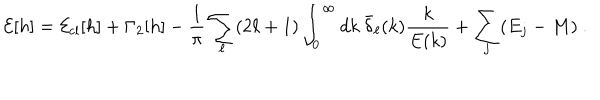
{ \cal E } [ h ] = { \cal E } _ { \mathrm { c l } } [ h ] + \Gamma _ { 2 } [ h ] - \frac { 1 } { \pi } \sum _ { \ell } ( 2 \ell + 1 ) \int _ { 0 } ^ { \infty } d k \: \bar { \delta } _ { \ell } ( k ) \frac { k } { E ( k ) } + \sum _ { j } ( E _ { j } - M ) \ .